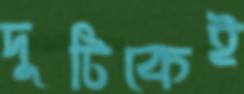
দুটিকেই